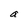
Character: a